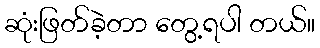
ဆုံးဖြတ်ခဲ့တာ တွေ့ရပါ တယ်။